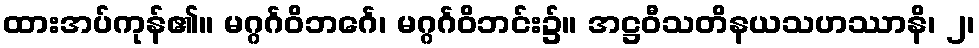
ထားအပ်ကုန်၏။ မဂ္ဂင်္ဂဝိဘင်္ဂေ၊ မဂ္ဂင်္ဂဝိဘင်း၌။ အဋ္ဌဝီသတိနယသဟဿာနိ၊ ၂၊